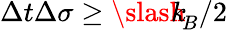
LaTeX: \Delta t\Delta\sigma\geq{\slash\! \! \! k}_{\! {B}}/2